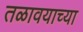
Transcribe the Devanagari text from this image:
तळावयाच्या